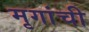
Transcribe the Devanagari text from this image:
मृगांची